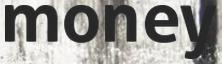
money